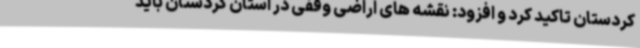
کردستان تاکید کرد و افزود: نقشه های اراضی وقفی در استان کردستان باید